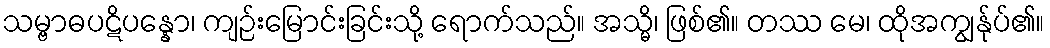
သမ္ဗာဓပဋိပန္နော၊ ကျဉ်းမြောင်းခြင်းသို့ ရောက်သည်။ အသ္မိ၊ ဖြစ်၏။ တဿ မေ၊ ထိုအကျွန်ုပ်၏။